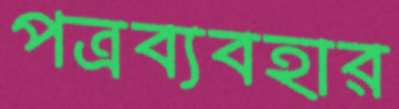
পত্রব্যবহার